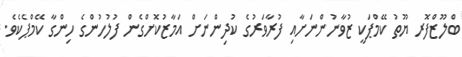
ބްލޫޒްފޮރ ޔޫތު ކޭމްޕަކީ ޒުވާނުންނަށާއި ފުރާވަރުގެ ކުދިންނަށް އަމާޒުކޮށްގެން ފުލުހުންގެ ހިންގާ ކޭމްޕެކެވެ.